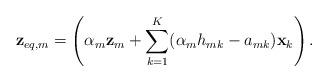
LaTeX: \begin{align*} \mathbf{z}_{eq,m} = \left(\alpha_m\mathbf{z}_m + \sum_{k=1}^K (\alpha_m h_{mk}-a_{mk})\mathbf{x}_k\right).\end{align*}